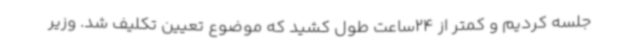
جلسه کردیم و کمتر از 24ساعت طول کشید که موضوع تعیین تکلیف شد. وزیر